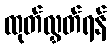
ထုတ်လွှတ်ရန်